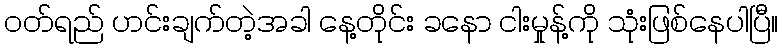
ဝတ်ရည် ဟင်းချက်တဲ့အခါ နေ့တိုင်း ခနော ငါးမှုန့်ကို သုံးဖြစ်နေပါပြီ။